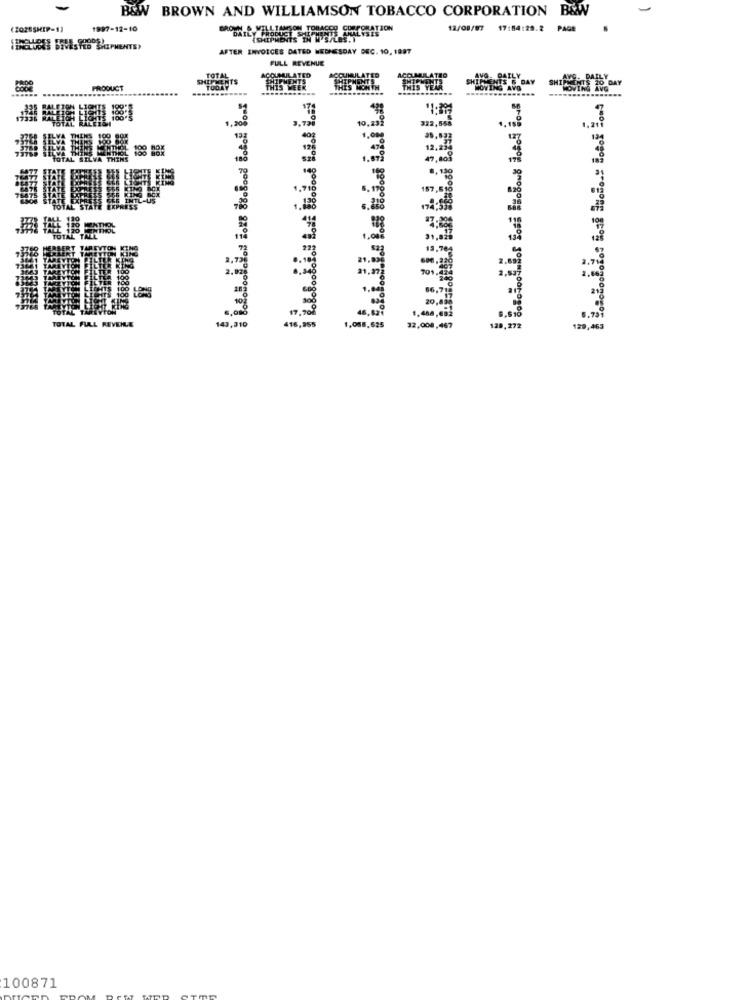
B&W BROWN AND WILLIAMSON TOBACCO CORPORATION B&W
(2028SHIP-1]
1997-12-10
12/08/07 17:04:29.2
PAGE
AFTER INVOICES DATED WEDNESDAY DEC. 10, 1897
FULL REVENUE
ACCUMULATED
ACCUMUL
ENTS
PRODUCT
THE'S NOHYH
THIS
HOGY DAY
11111111811
10. 99
3.728
32,888
1.00
1.00
30,
17,90
1 .-,
TOTAL FULL REVENUE
143,310
416,955
1,008,628
32,000,467
120, 272
129,463
100871